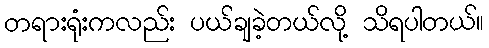
တရားရုံးကလည်း ပယ်ချခဲ့တယ်လို့ သိရပါတယ်။